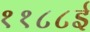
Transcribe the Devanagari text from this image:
११८८ई